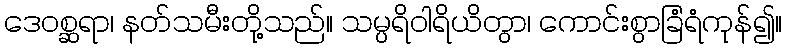
ဒေဝစ္ဆရာ၊ နတ်သမီးတို့သည်။ သမ္ပရိဝါရိယိတွာ၊ ကောင်းစွာခြံရံကုန်၍။